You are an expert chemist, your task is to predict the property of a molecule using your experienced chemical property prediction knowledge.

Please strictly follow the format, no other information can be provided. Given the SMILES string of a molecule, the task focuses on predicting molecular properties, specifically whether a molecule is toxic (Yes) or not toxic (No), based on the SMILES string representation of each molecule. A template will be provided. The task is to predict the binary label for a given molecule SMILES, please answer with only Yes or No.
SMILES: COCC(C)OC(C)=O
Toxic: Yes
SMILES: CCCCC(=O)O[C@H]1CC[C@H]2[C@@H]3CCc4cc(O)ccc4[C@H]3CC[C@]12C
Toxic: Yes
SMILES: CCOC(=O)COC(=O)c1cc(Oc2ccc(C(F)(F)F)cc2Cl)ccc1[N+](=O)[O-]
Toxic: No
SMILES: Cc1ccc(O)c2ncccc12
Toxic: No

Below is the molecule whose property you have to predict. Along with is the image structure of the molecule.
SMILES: Cc1cccc(N(C)C(=S)Oc2ccc3ccccc3c2)c1
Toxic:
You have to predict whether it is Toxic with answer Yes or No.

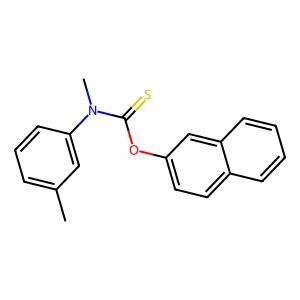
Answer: No